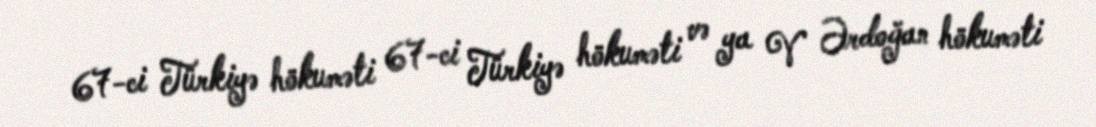
67-ci Türkiyə hökuməti 67-ci Türkiyə hökuməti və ya V Ərdoğan hökuməti